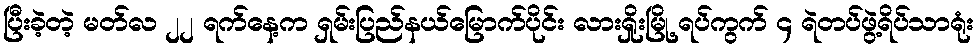
ပြီးခဲ့တဲ့ မတ်လ ၂၂ ရက်နေ့က ရှမ်းပြည်နယ်မြောက်ပိုင်း လားရှိုးမြို့ ရပ်ကွက် ၄ ရဲတပ်ဖွဲ့ရိပ်သာရုံး